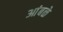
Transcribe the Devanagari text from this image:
आंबळे